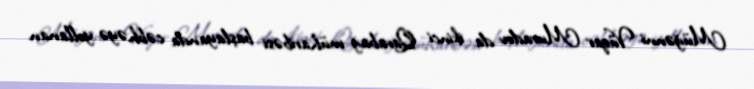
Müğənni Vüqar Muradov da ikinci Qarabağ müharibəsi başlayanda cəbhəyə yollanan